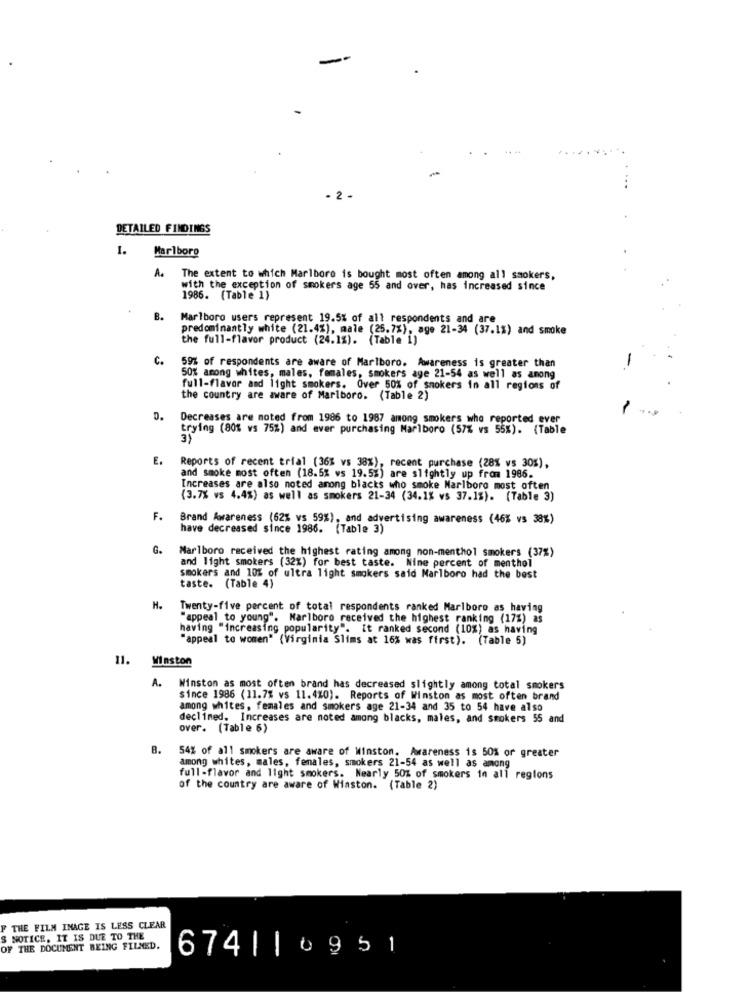
-
-2 -
DETAILED FINDINGS
I.
Marlboro
A. The extent to which Marlboro is bought most often among all smokers,
with the exception of smokers age 55 and over, has increased since
1986. (Table 1)
B.
Marlboro users represent 19.5% of all respondents and are
predominantly white (21.4%), male (25.7%), age 21-34 (37.1%) and smoke
the full-flavor product (24.1%). (Table 1)
C.
59% of respondents are aware of Marlboro. Awareness is greater than
50% among whites, males, females, smokers age 21-54 as well as among
full-flavor and light smokers. Over 50% of smokers in all regions of
the country are aware of Marlboro. (Table 2)
0.
Decreases are moted from 1986 to 1987 among smokers who reported ever
trying (80% ws 75%) and ever purchasing Marlboro (57% vs 55%). (Table
3)
E.
Reports of recent trial (36% vs 38%), recent purchase (28% vs 30%),
and smoke most often (18.5% ws 19.5%) are slightly up from 1986.
Increases are also noted among blacks who smoke Marlboro most often
(3.7% vs 4.4%) as well as smokers 21-34 (34.1% vs 37.1%). (Table 3)
F.
Brand Awareness (62% vs 59%), and advertising awareness (46% vs 38%)
have decreased since 1986. (Table 3)
G.
Marlboro received the highest rating among non-menthol smokers (37%)
and light smokers (32%) for best taste. Nine percent of menthol
smokers and 10% of ultra light smokers said Marlboro had the best
taste. (Table 4)
H.
Twenty-five percent of total respondents ranked Marlboro as having
"appeal to young". Marlboro received the highest ranking (17%) as
having "increasing popularity". it ranked second (10%) as having
"appeal to women" (Virginia Slims at 16% was first). (Table 5)
11.
Winston
Winston as most often brand has decreased slightly among total smokers
since 1986 (11.7% vs 11.420). Reports of Winston as most often brand
among whites, females and smokers age 21-34 and 35 to 54 have also
declined. Increases are noted among blacks, males, and smokers 55 and
over. (Table 6)
B.
54% of all smokers are aware of Winston. Awareness is 50% or greater
among whites, males, females, smokers 21-54 as well as among
full-flavor and light smokers. Nearly 50% of smokers in all regions
of the country are aware of Wiaston. (Table 2)
THE FILM INAGE IS LESS CLEAR
NOTICE, IT IS DUE TO THE
OF THE DOCUMENT BEING FILMED.
674| | 0951